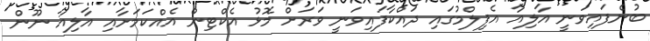
ބުނެފައިވަނީ އާލިއާ އެފިލްމުގައި ދައްކާފައިވަނީ ވަރަށް މޮޅު އެކްޓިން އެއްކަމަށާއި އާލިއާ ނޫން